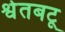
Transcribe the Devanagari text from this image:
श्वेतबटू